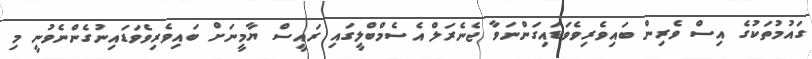
ގައުމުތަކުގެ އިސް ވެރިން ބައިވެރިވެވަޑައިގަންނަވާ ޖެނެރަލް އެސެމްބްލީގައި ރައީސް ޔާމީނަށް ބައިވެރިވެވަޑައިނުގެންނެވުނީ މި